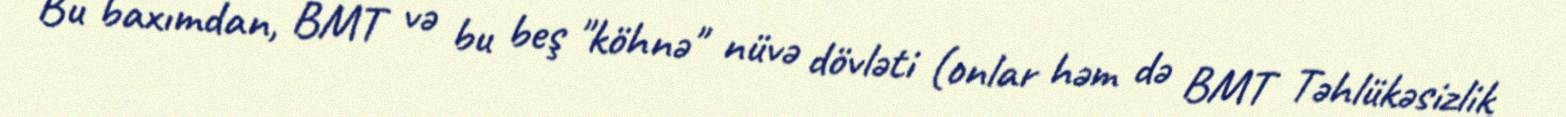
Bu baxımdan, BMT və bu beş "köhnə" nüvə dövləti (onlar həm də BMT Təhlükəsizlik